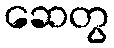
ဆေတွ